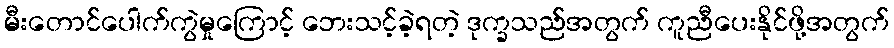
မီးတောင်ပေါက်ကွဲမှုကြောင့် ဘေးသင့်ခဲ့ရတဲ့ ဒုက္ခသည်အတွက် ကူညီပေးနိုင်ဖို့အတွက်